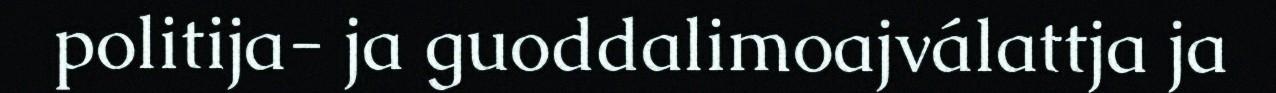
politija- ja guoddalimoajválattja ja